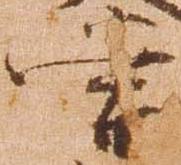
当